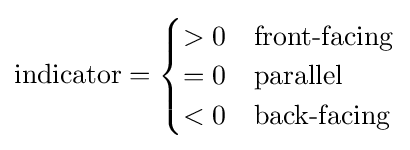
{\text{indicator}}={\begin{cases}>0&{\text{front-facing}}\\=0&{\text{parallel}}\\<0&{\text{back-facing}}\end{cases}}